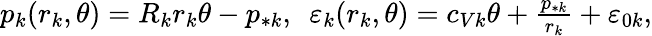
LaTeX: \begin{array}{r}{p_{k}(r_{k},\theta)=R_{k}r_{k}\theta-p_{*k},\ \ \varepsilon_{k}(r_{k},\theta)=c_{Vk}\theta+\frac{p_{*k}}{r_{k}}+\varepsilon_{0k},}\end{array}